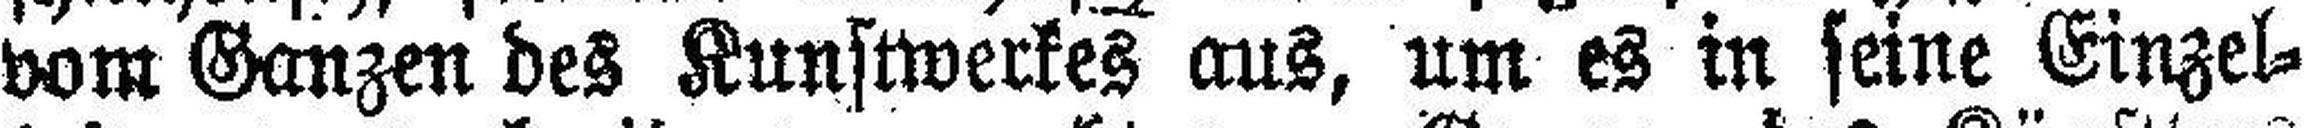
vom Ganzen des Kunstwerkes aus, um es in seine Einzel¬